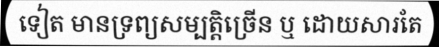
ទៀត មានទ្រព្យសម្បត្តិច្រើន ឬ ដោយសារតែ